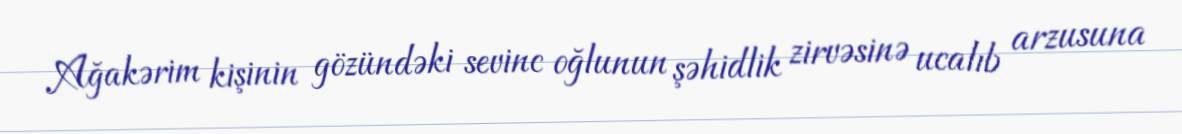
Ağakərim kişinin gözündəki sevinc oğlunun şəhidlik zirvəsinə ucalıb arzusuna